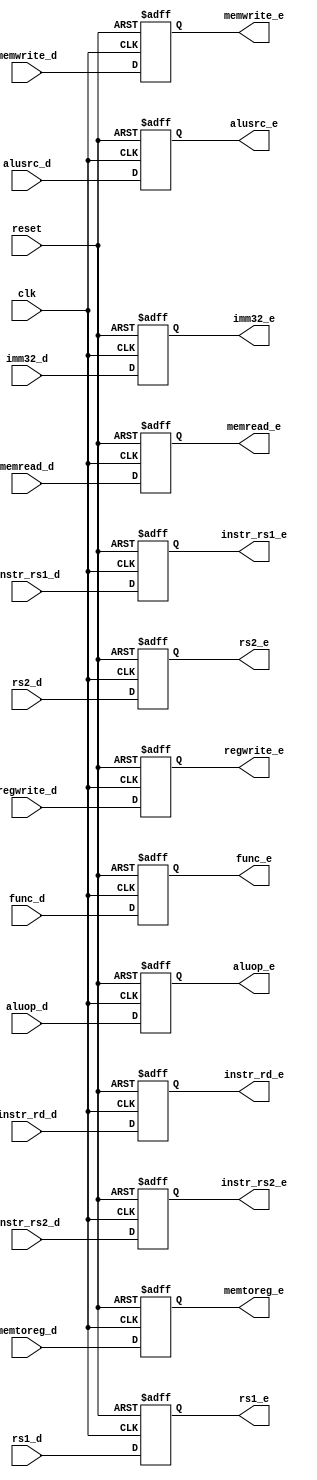
module IDEX(
    clk,
    reset,
    regwrite_d,
    memtoreg_d,
    memread_d,
    memwrite_d,
    aluop_d,
    alusrc_d,
    rs1_d,
    rs2_d,
    imm32_d,
    func_d,
    instr_rs1_d,
    instr_rs2_d,
    instr_rd_d,
    regwrite_e,
    memtoreg_e,
    memread_e,
    memwrite_e,
    aluop_e,
    alusrc_e,
    rs1_e,
    rs2_e,
    imm32_e,
    func_e,
    instr_rs1_e,
    instr_rs2_e,
    instr_rd_e
);

input clk;
input reset;
input regwrite_d;
input memtoreg_d;
input memread_d;
input memwrite_d;
input [1:0] aluop_d;
input alusrc_d;
input signed [31:0] rs1_d;
input signed [31:0] rs2_d;
input signed [31:0] imm32_d;
input [9:0] func_d;
input [4:0] instr_rs1_d;
input [4:0] instr_rs2_d;
input [4:0] instr_rd_d;
output regwrite_e;
output memtoreg_e;
output memread_e;
output memwrite_e;
output [1:0] aluop_e;
output alusrc_e;
output signed [31:0] rs1_e;
output signed[31:0] rs2_e;
output signed[31:0] imm32_e;
output [9:0] func_e;
output [4:0] instr_rs1_e;
output [4:0] instr_rs2_e;
output [4:0] instr_rd_e;

reg regwrite_e;
reg memtoreg_e;
reg memread_e;
reg memwrite_e;
reg [1:0] aluop_e;
reg alusrc_e;
reg signed[31:0] rs1_e;
reg signed[31:0] rs2_e;
reg signed [31:0] imm32_e;
reg [9:0] func_e;
reg [4:0] instr_rs1_e;
reg [4:0] instr_rs2_e;
reg [4:0] instr_rd_e;

always @(posedge clk or negedge reset) begin
    if(~reset)
        begin
            regwrite_e <= 1'b0;
            memtoreg_e <= 1'b0;
            memread_e <= 1'b0;
            memwrite_e <= 1'b0;
            aluop_e <= 2'd0;
            alusrc_e <= 1'b0;
            rs1_e <= 32'd0;
            rs2_e <= 32'd0;
            imm32_e <= 32'd0;
            func_e <= 10'd0;
            instr_rs1_e <= 5'd0;
            instr_rs2_e <= 5'd0;
            instr_rd_e <= 5'd0;
        end
    else
        begin
            regwrite_e <= regwrite_d;
            memtoreg_e <= memtoreg_d;
            memread_e <= memread_d;
            memwrite_e <= memwrite_d;
            aluop_e <= aluop_d;
            alusrc_e <= alusrc_d;
            rs1_e <= rs1_d;
            rs2_e <= rs2_d;
            imm32_e <= imm32_d;
            func_e <= func_d;
            instr_rs1_e <= instr_rs1_d;
            instr_rs2_e <= instr_rs2_d;
            instr_rd_e <= instr_rd_d;
        end
end

endmodule